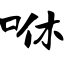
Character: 咻